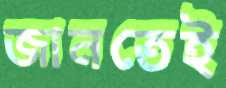
জানতেই